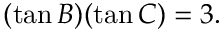
( \tan B ) ( \tan C ) = 3 .